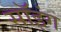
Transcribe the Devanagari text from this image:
सॉइंग